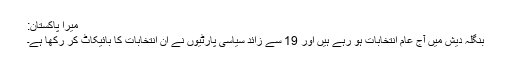
میرا پاکستان:
بنگلہ دیش میں آج عام انتخابات ہو رہے ہیں اور 19 سے زائد سیاسی پارٹیوں نے ان انتخابات کا بائیکاٹ کر رکھا ہے۔